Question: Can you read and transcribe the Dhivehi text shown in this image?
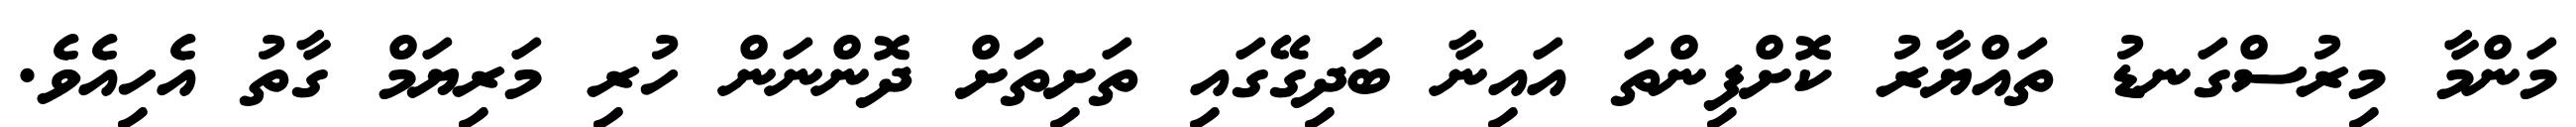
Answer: މަންމާ މިރުސްގަނޑު ތައްޔާރު ކޮށްފިންތަ އައިނާ ބަދިގޭގައި ތަށިތަށް ދޮންނަން ހުރި މަރިޔަމް ގާތު އެހިއެވެ.